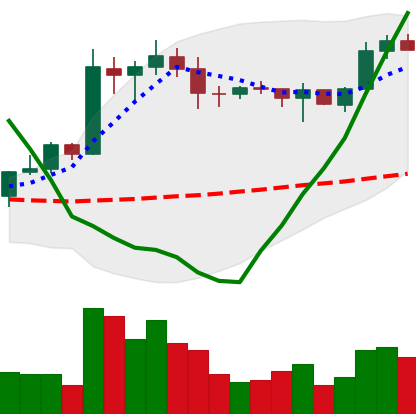
Ticker: EOS-USD
Chart end date: 2020-01-29
Forward return: 5.62%
Label: up_5_7